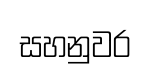
සහනුවර